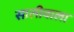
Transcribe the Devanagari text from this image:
सालीवाला